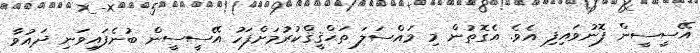
އޭސީސީން ފޮނުވައިފި އެވެ. އެގޮތުން މި މައްސަލަ ތަޙްޤީޤްކުރުމަށްފަހު އޭސީސީން ބުނެފައިވަނި ދައުވާ